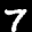
Label: 7